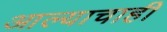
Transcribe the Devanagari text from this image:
आल्याचाही